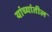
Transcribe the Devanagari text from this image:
यांच्यांतील